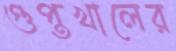
গুপ্তখালের